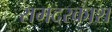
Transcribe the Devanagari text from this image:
रामदरकाश